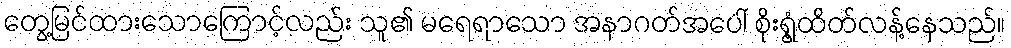
တွေ့မြင်ထားသောကြောင့်လည်း သူ၏ မရေရာသော အနာဂတ်အပေါ် စိုးရွံ့ထိတ်လန့်နေသည်။